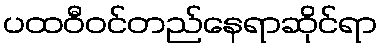
ပထဝီဝင်တည်နေရာဆိုင်ရာ